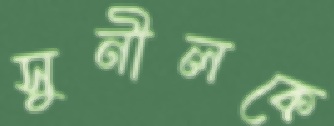
সুনীলকে